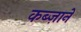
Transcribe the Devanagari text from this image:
कब्ज़ाने